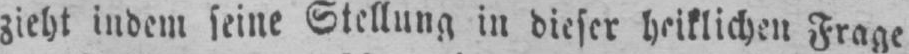
zieht indem seine Stellung in dieser heiklichen Frage